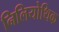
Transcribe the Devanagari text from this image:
निलियोथिक